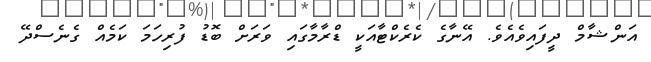
އަންޝާމް ދީފައިވެއެވެ. އޭނާގެ ކެރެކްޓާއަކީ ޑްރާމާގައި ވަރަށް ބޮޑު ފުރިހަމަ ކަމެއް ގެނެސްދޭ